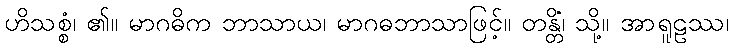
ဟိသစ္စံ၊ ၏။ မာဂဓိက ဘာသာယ၊ မာဂဓဘာသာဖြင့်။ တန္တိံ၊ သို့။ အာရူဠဿ၊